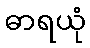
ဓာရယုံ